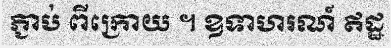
ភ្ជាប់ ពីក្រោយ ។ ឧទាហរណ៍ ឥដ្ឋ